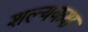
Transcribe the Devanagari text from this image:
शल्यकक्ष